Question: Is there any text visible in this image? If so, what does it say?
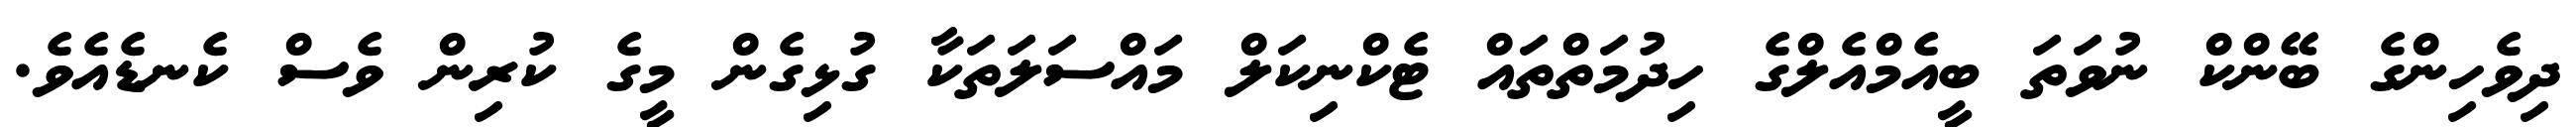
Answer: ދިވެހިންގެ ބޭންކް ނުވަތަ ބީއެމްއެލްގެ ހިދުމަތްތައް ޓެކްނިކަލް މައްސަލަތަކާ ގުޅިގެން މީގެ ކުރިން ވެސް ކެނޑެއެވެ.